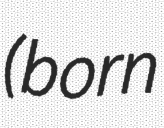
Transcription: (born